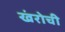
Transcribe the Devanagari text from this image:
खंरोची